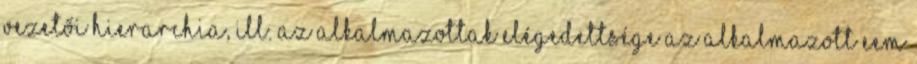
vezetői hierarchia, ill. az alkalmazottak elégedettsége az alkalmazott EEM